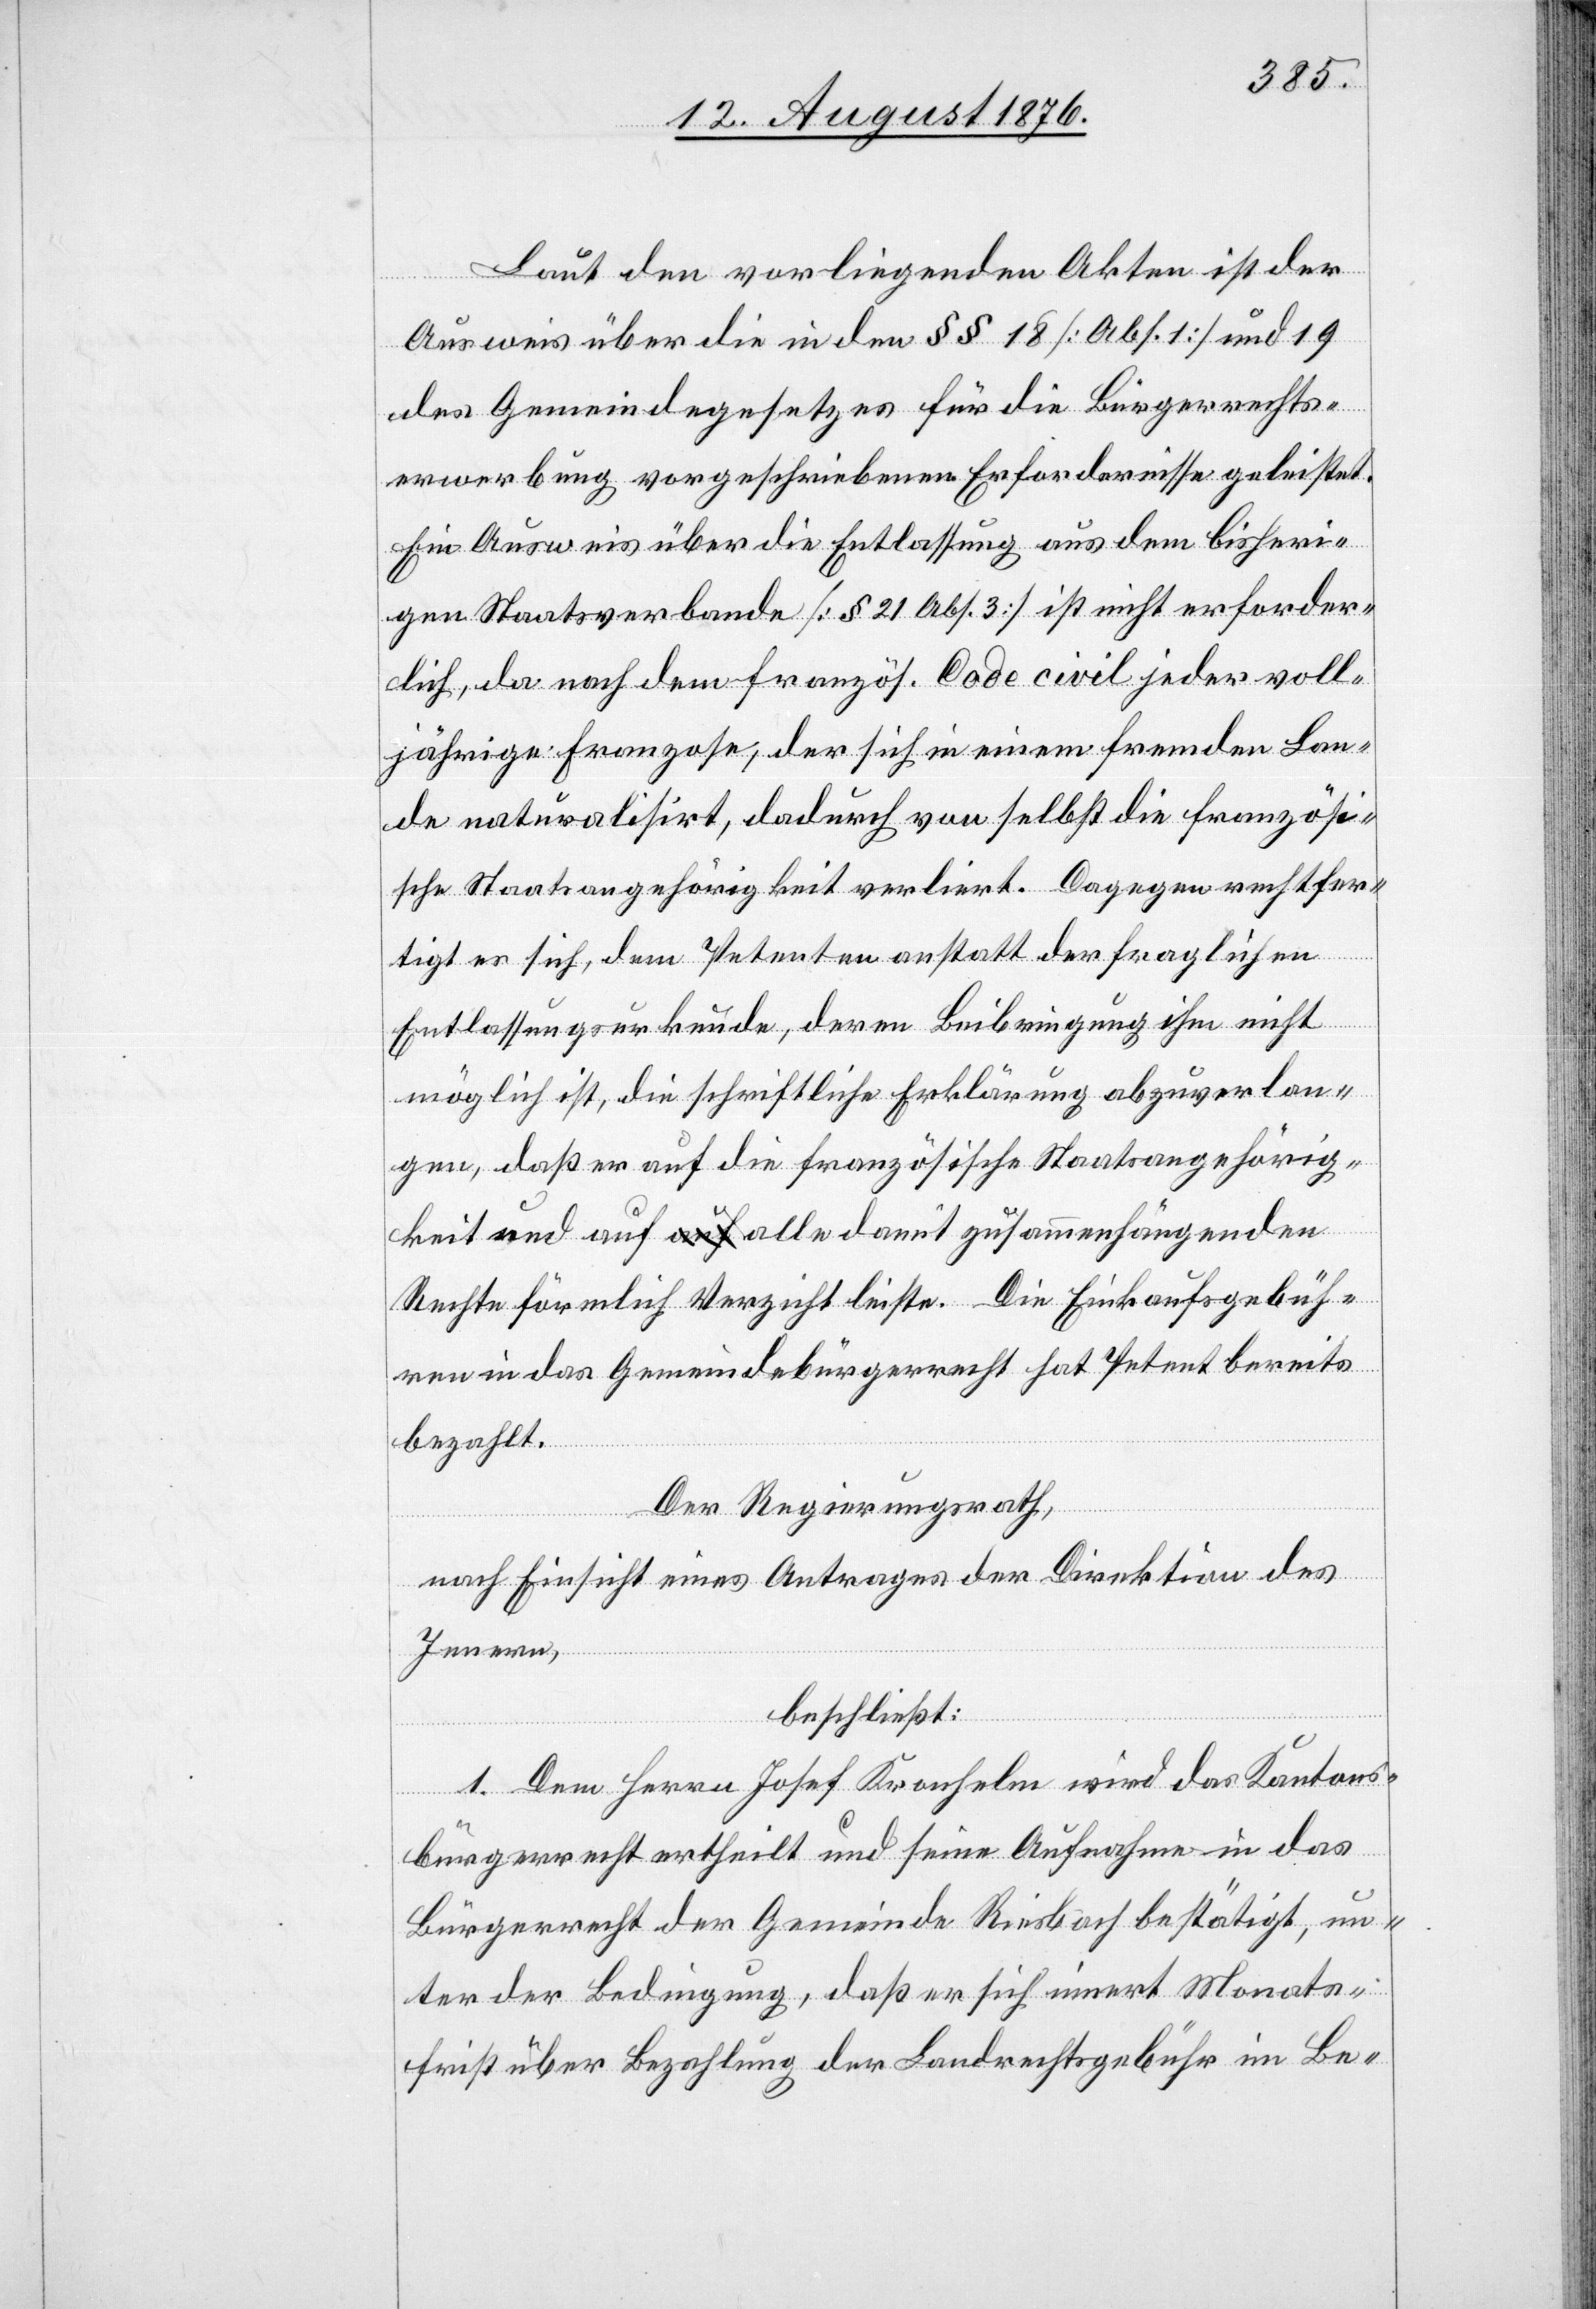
Laut den vorliegenden Akten ist der
Ausweis über die in den §§ 18 [Abs. 1] und 19
des Gemeindegesetzes für die Bürgerrechts¬
erwerbung vorgeschriebenen Erfordernisse geleistet.
Ein Ausweis über die Entlassung aus dem bisheri¬
gen Staatsverbande [§ 21 Abs. 3] ist nicht erforder¬
lich, da nach dem französ. Code civil jeder voll¬
jährige Franzose, der sich in einem fremden Lan¬
de naturalisirt, dadurch von selbst die französi¬
sche Staatsangehörigkeit verliert. Dagegen rechtfer¬
tigt es sich, dem Petenten anstatt der fraglichen
Entlassungsurkunde, deren Beibringung ihm nicht
möglich ist, die schriftliche Erklärung abzuverlan¬
gen, daß er auf die französische Staatsangehörig¬
keit und auf alle damit zusammenhängenden
Rechte förmlich Verzicht leiste. Die Einkaufsgebüh¬
ren in das Gemeindebürgerrecht hat Petent bereits
bezahlt.
Der Regierungsrath,
nach Einsicht eines Antrages der Direktion des
Innern,
beschließt:
1. Dem Herrn Josef Kronhelm wird das Kantons¬
bürgerrecht ertheilt und seine Aufnahme in das
Bürgerrecht der Gemeinde Riesbach bestätigt, un¬
ter der Bedingung, daß er sich innert Monats¬
frist über Bezahlung der Landrechtsgebühr im Be-